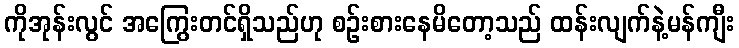
ကိုအုန်းလွင် အကြွေးတင်ရှိသည်ဟု စဉ်းစားနေမိတော့သည် ထန်းလျက်နဲ့မန်ကျီး